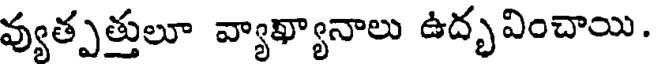
వ్యుత్పత్తులూ వ్యాఖ్యానాలు ఉద్భవించాయి.